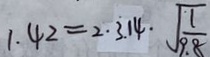
1 . 4 2 = 2 \cdot 3 . 1 4 \cdot \sqrt { \frac { 1 } { 9 . 8 } }